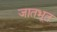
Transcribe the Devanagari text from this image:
जातभूत